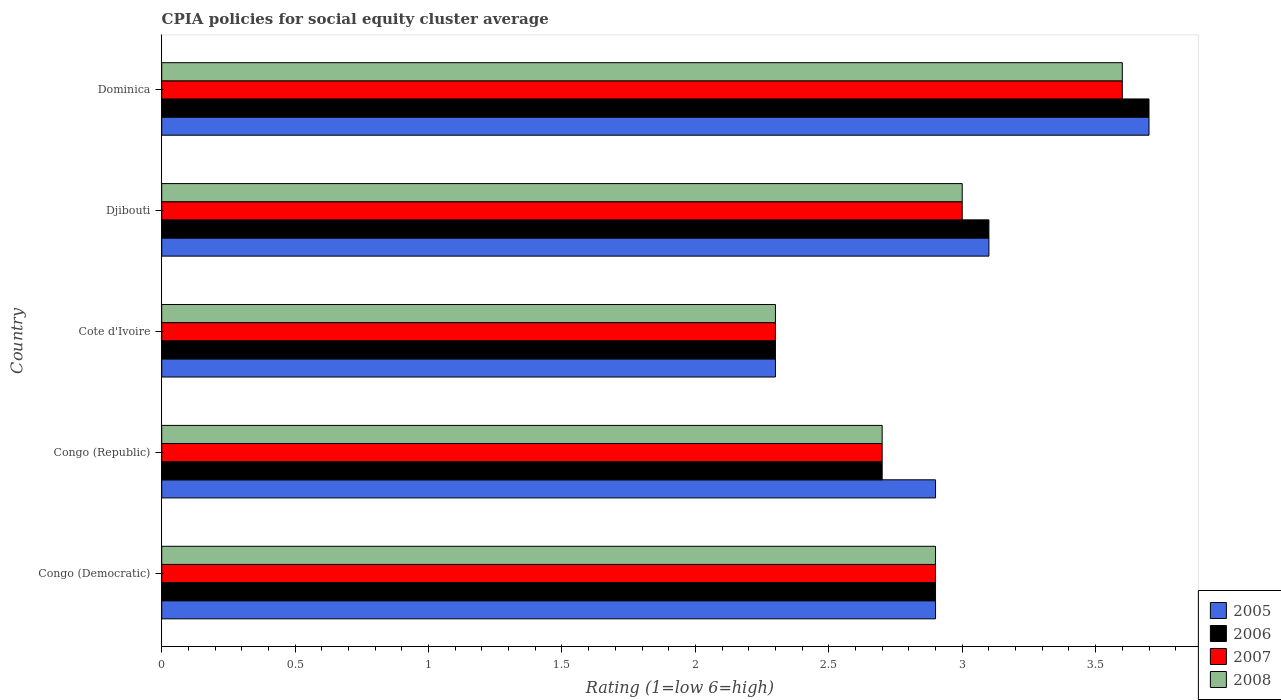
| Country | 2005 | 2006 | 2007 | 2008 |
 | --- | --- | --- | --- | --- |
 | Congo (Democratic) | 2.9 | 2.9 | 2.9 | 2.9 |
 | Congo (Republic) | 2.9 | 2.7 | 2.7 | 2.7 |
 | Cote d'Ivoire | 2.3 | 2.3 | 2.3 | 2.3 |
 | Djibouti | 3.1 | 3.1 | 3 | 3 |
 | Dominica | 3.7 | 3.7 | 3.6 | 3.6 |